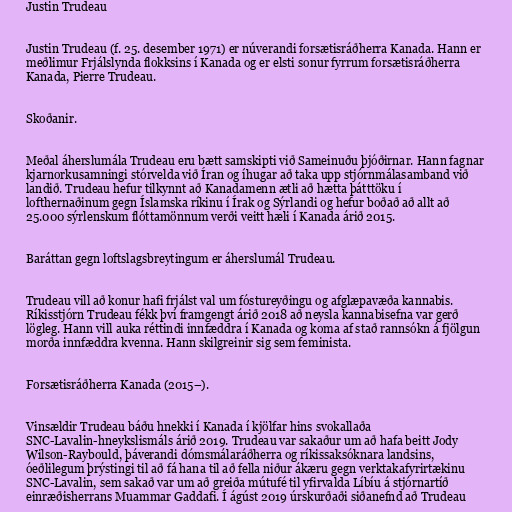
Justin Trudeau

Justin Trudeau (f. 25. desember 1971) er núverandi forsætisráðherra Kanada. Hann er
meðlimur Frjálslynda flokksins í Kanada og er elsti sonur fyrrum forsætisráðherra
Kanada, Pierre Trudeau.

Skoðanir.

Meðal áherslumála Trudeau eru bætt samskipti við Sameinuðu þjóðirnar. Hann fagnar
kjarnorkusamningi stórvelda við Íran og íhugar að taka upp stjórnmálasamband við
landið. Trudeau hefur tilkynnt að Kanadamenn ætli að hætta þátttöku í
lofthernaðinum gegn Íslamska ríkinu í Írak og Sýrlandi og hefur boðað að allt að
25.000 sýrlenskum flóttamönnum verði veitt hæli í Kanada árið 2015.

Baráttan gegn loftslagsbreytingum er áherslumál Trudeau.

Trudeau vill að konur hafi frjálst val um fóstureyðingu og afglæpavæða kannabis.
Ríkisstjórn Trudeau fékk því framgengt árið 2018 að neysla kannabisefna var gerð
lögleg. Hann vill auka réttindi innfæddra í Kanada og koma af stað rannsókn á fjölgun
morða innfæddra kvenna. Hann skilgreinir sig sem feminista.

Forsætisráðherra Kanada (2015–).

Vinsældir Trudeau báðu hnekki í Kanada í kjölfar hins svokallaða
SNC-Laval­in-hneykslismáls árið 2019. Trudeau var sakaður um að hafa beitt Jody
Wil­son-Ray­bould, þáverandi dóms­málaráðherra og rík­is­sak­sókn­ara landsins,
óeðlilegum þrýstingi til að fá hana til að fella niður ákæru gegn verktakafyrirtækinu
SNC-Lavalin, sem sakað var um að greiða mútufé til yfirvalda Líbíu á stjórnartíð
einræðisherrans Muammar Gaddafi. Í ágúst 2019 úrskurðaði siðanefnd að Trudeau